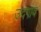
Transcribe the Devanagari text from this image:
उदगाव